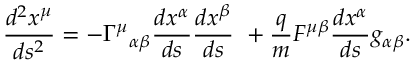
{ \frac { d ^ { 2 } x ^ { \mu } } { d s ^ { 2 } } } = - \Gamma ^ { \mu } { } _ { \alpha \beta } { \frac { d x ^ { \alpha } } { d s } } { \frac { d x ^ { \beta } } { d s } } \ + { \frac { q } { m } } { F ^ { \mu \beta } } { \frac { d x ^ { \alpha } } { d s } } { g _ { \alpha \beta } } .